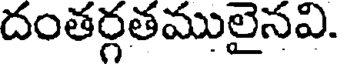
దంతర్గతములైనవి.